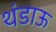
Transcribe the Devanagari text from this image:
थंडाऊ